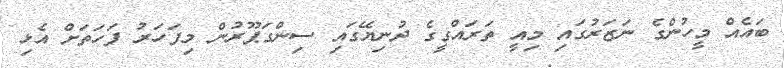
ބައެއް މީހުންގެ ނަޒަރުގައި މިއީ ތަރައްގީގެ ދުނިޔޭގައި ސިންގަޕޫރުން މިފަހަރު ފަހަތަށް އެޅި